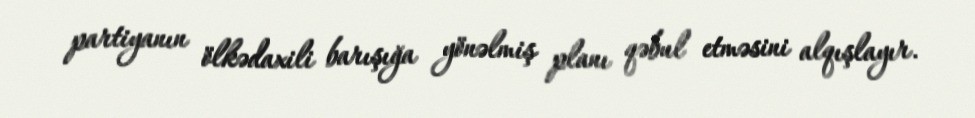
partiyanın ölkədaxili barışığa yönəlmiş planı qəbul etməsini alqışlayır.